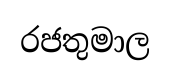
රජතුමාල